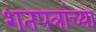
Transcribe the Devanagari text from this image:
शतपत्रांच्या